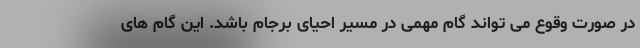
در صورت وقوع می تواند گام مهمی در مسیر احیای برجام باشد. این گام های